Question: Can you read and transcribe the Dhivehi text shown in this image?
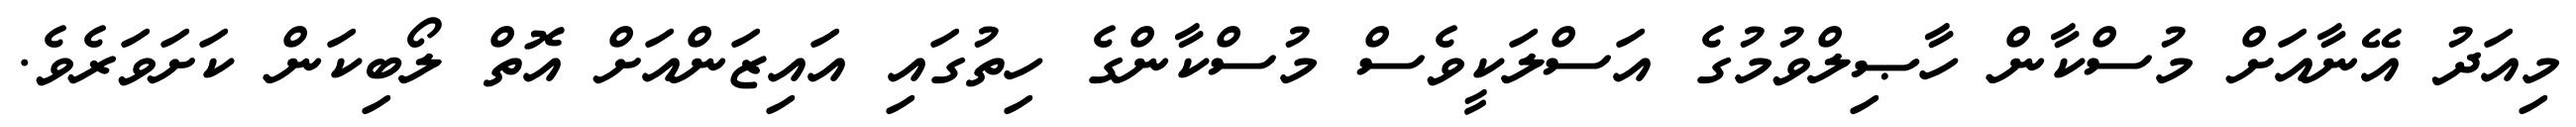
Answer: މިއަދު އޭނާއަށް މުސްކާން ހާޞިލްވުމުގެ އަސްލަކީވެސް މުސްކާންގެ ހިތުގައި އައިޒަންއަށް އޮތް ލޯބިކަން ކަށަވަރެވެ.